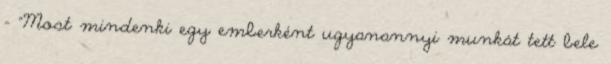
– “Most mindenki egy emberként ugyanannyi munkát tett bele